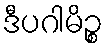
ဒီပဂါမိဉ္စ